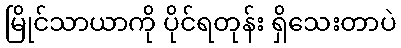
မြိုင်သာယာကို ပိုင်ရတုန်း ရှိသေးတာပဲ